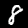
Digit: 8